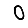
Digit: 0